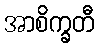
အာစိက္ခတီ